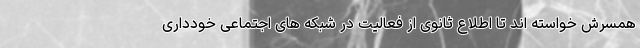
همسرش خواسته اند تا اطلاع ثانوی از فعالیت در شبکه های اجتماعی خودداری